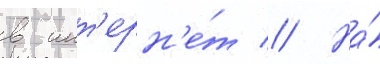
в инт'ерн'е́т // На́